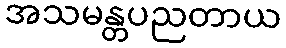
အသမန္တပညတာယ